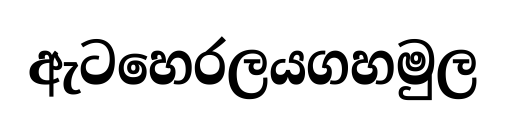
ඇටහෙරලයගහමුල